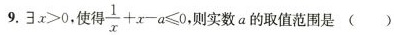
9.$$∃ x > 0$$，使得$$ \frac { 1 } { x } + x - a \le 0$$,则实数a的取值范围是()